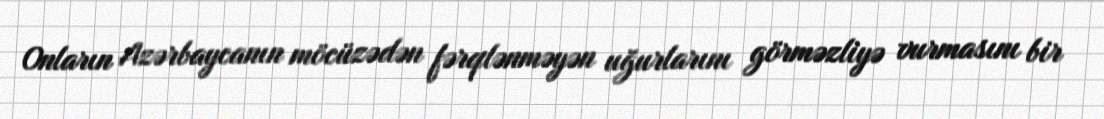
Onların Azərbaycanın möcüzədən fərqlənməyən uğurlarını görməzliyə vurmasını bir